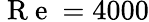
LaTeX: \mathrm{~R~e~}=4000